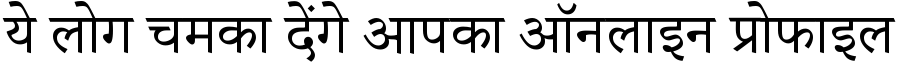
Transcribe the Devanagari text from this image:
ये लोग चमका देंगे आपका ऑनलाइन प्रोफाइल